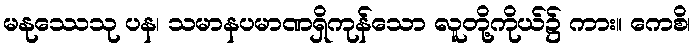
မနုဿေသု ပန၊ သမာနပမာဏရှိကုန်သော လူတို့ကိုယ်၌ ကား။ ကေစိ၊